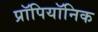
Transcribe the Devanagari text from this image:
प्रॉपियॉनिक